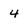
Character: 4